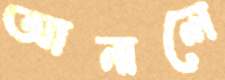
আনালে